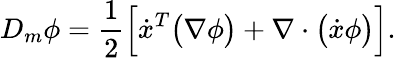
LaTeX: D_{m}\phi=\frac{1}{2}\Big[\dot{x}^{T}\big(\nabla\phi\big)+\nabla\cdot\big(\dot{x}\phi\big)\Big].